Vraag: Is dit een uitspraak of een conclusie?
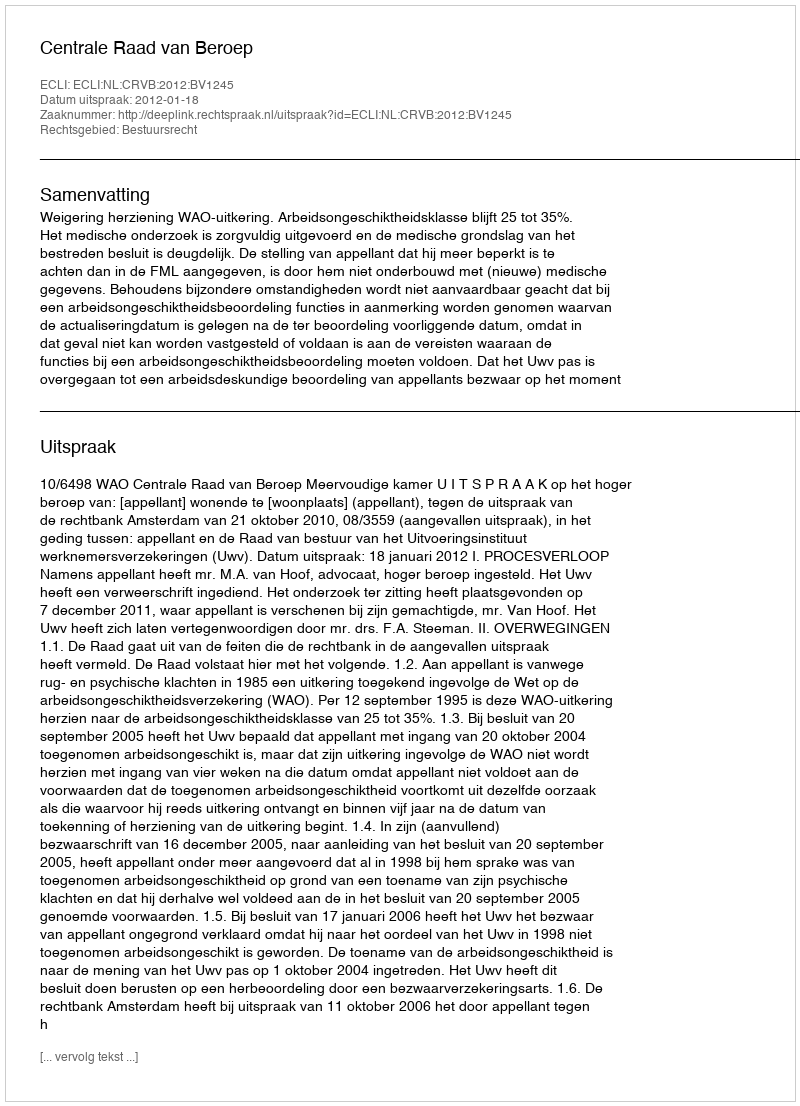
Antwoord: Uitspraak